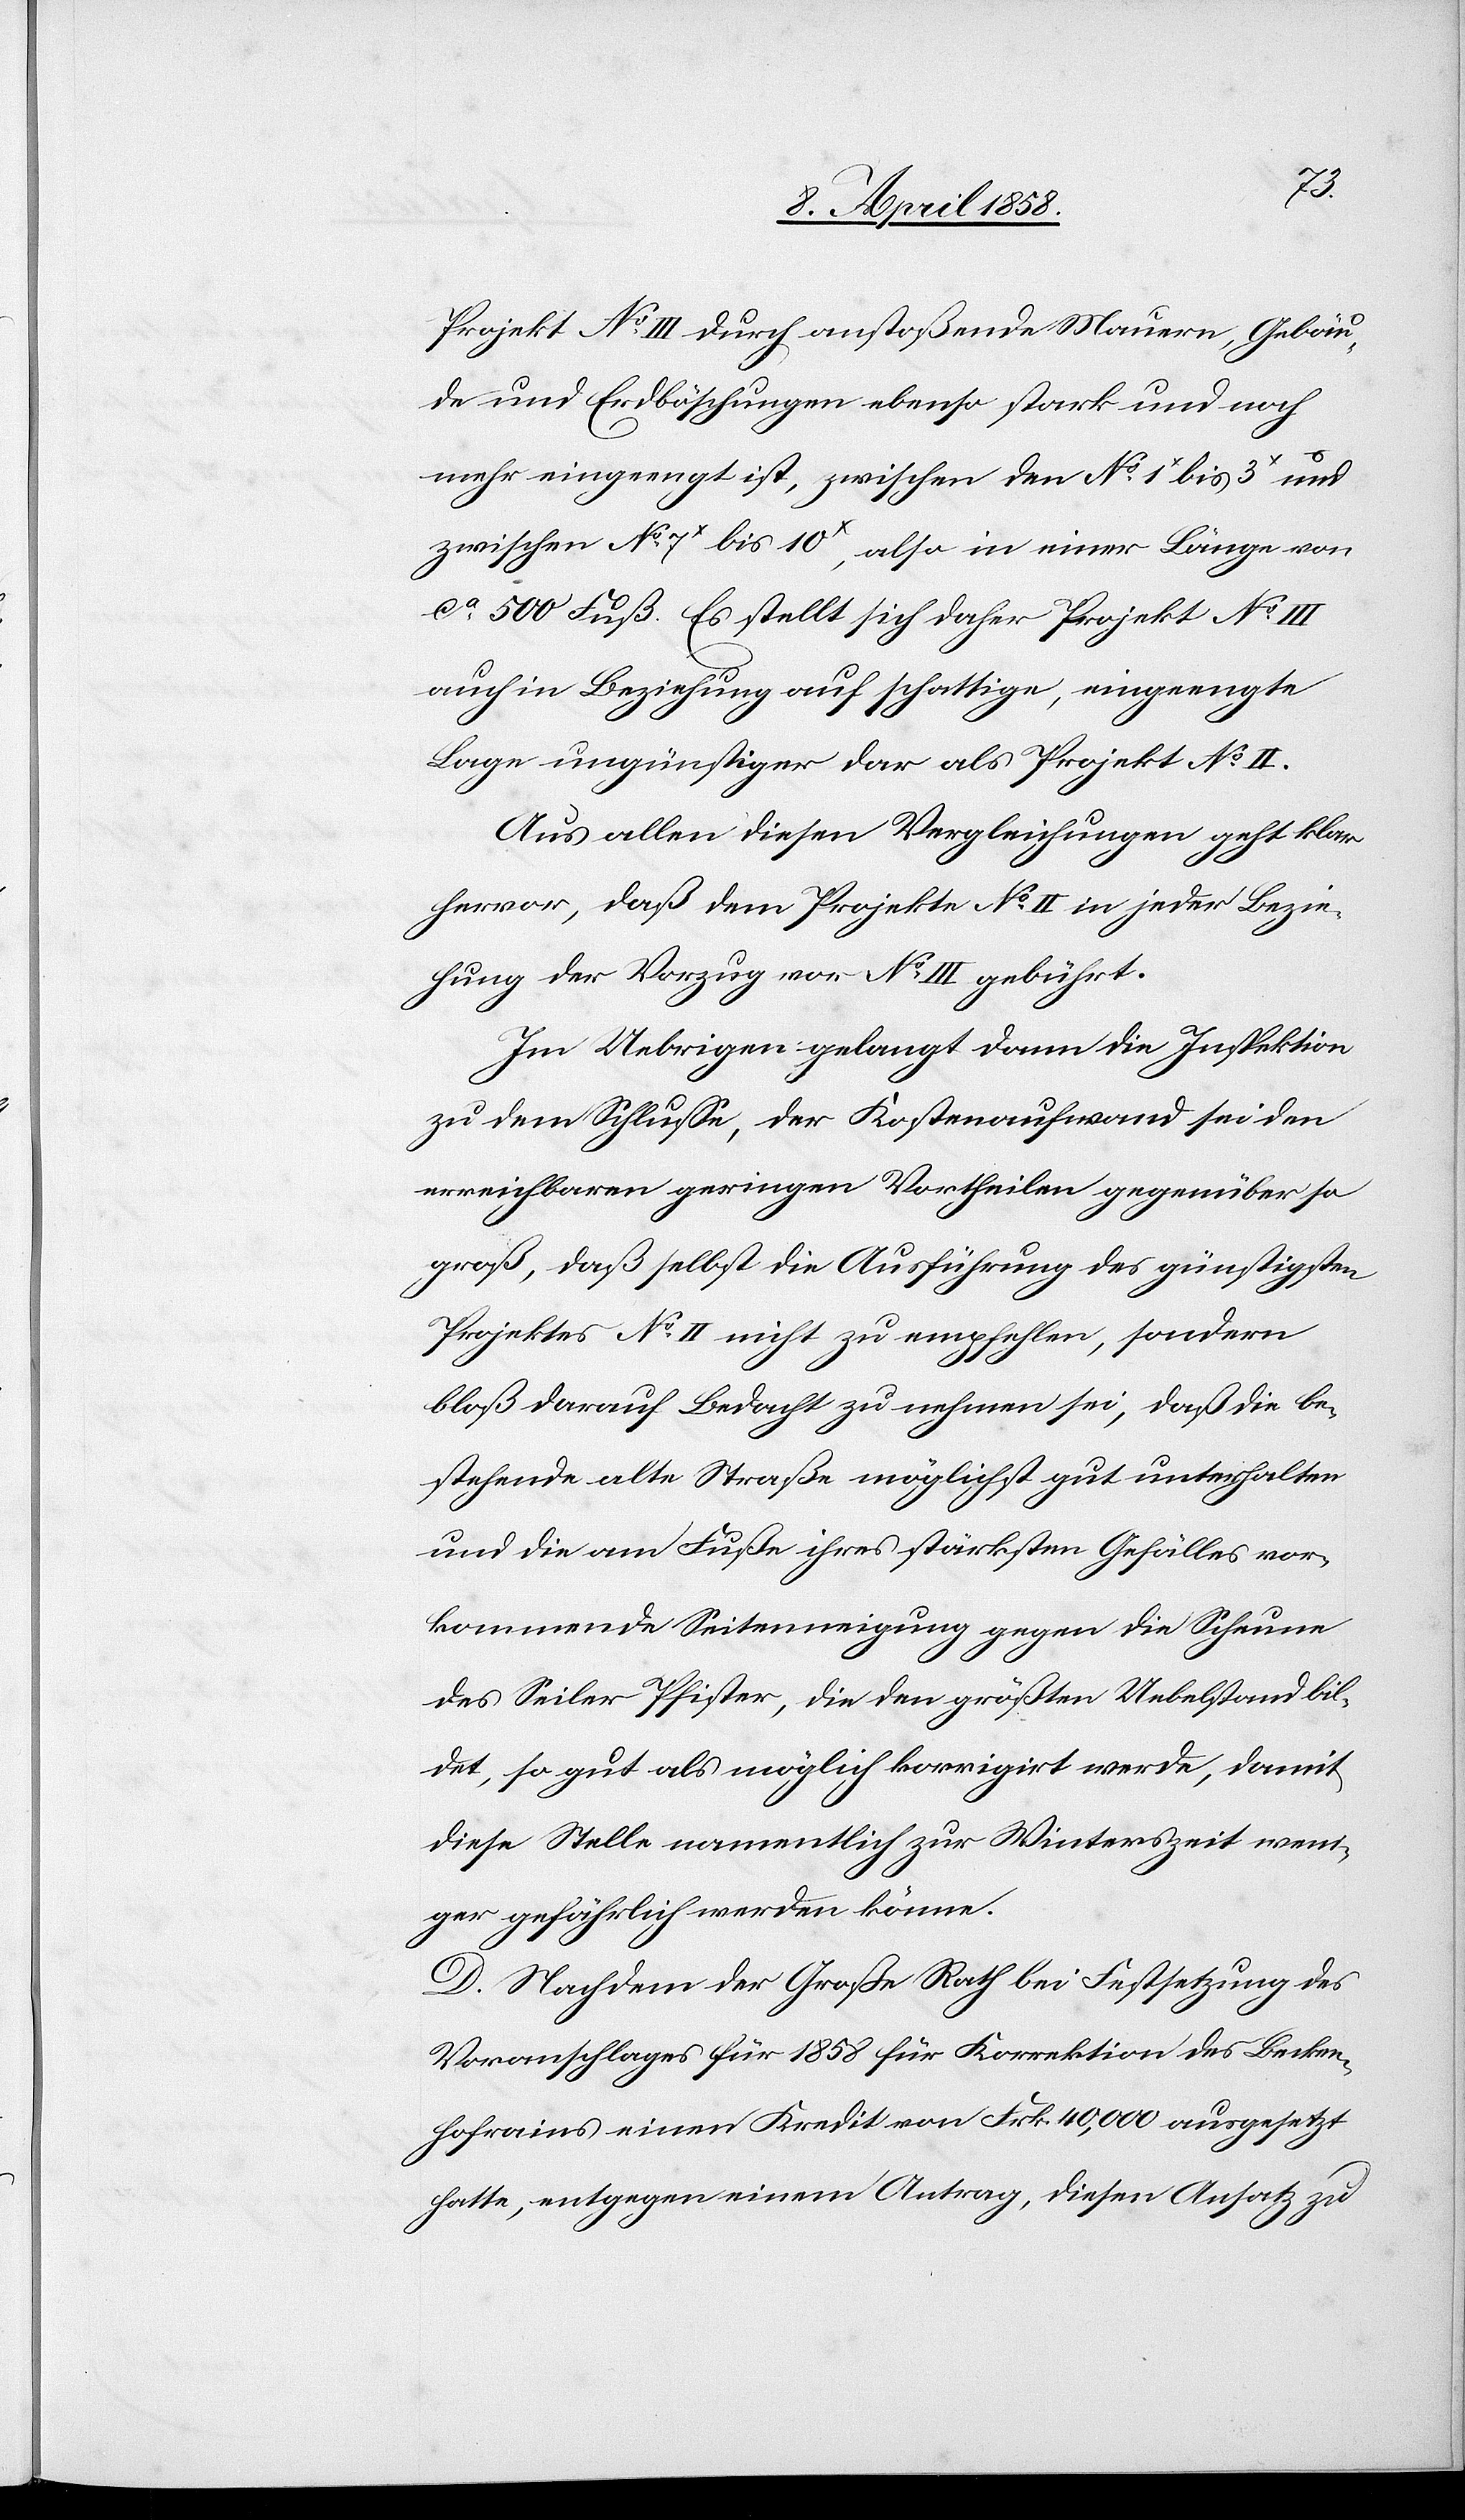
Projekt No III durch anstoßende Mauern, Gebäu¬
de und Erdböschungen ebenso stark und noch
mehr eingeengt ist, zwischen den No 1x bis 3x und
zwischen No 7x bis 10x, also in einer Länge von
ca 500 Fuß. Es stellt sich daher Projekt No III
auch in Beziehung auf schattige, eingeengte
Lage ungünstiger dar als Projekt No II.
Aus allen diesen Vergleichungen geht klar
hervor, daß dem Projekte No II in jeder Bezie¬
hung der Vorzug vor No III gebührt.
Im Uebrigen gelangt dann die Inspektion
zu dem Schlusse, der Kostenaufwand sei den
erreichbaren geringen Vortheilen gegenüber so
groß, daß selbst die Ausführung des günstigsten
Projektes No II nicht zu empfehlen, sondern
bloß darauf Bedacht zu nehmen sei, daß die be¬
stehende alte Straße möglichst gut unterhalten
und die am Fuße ihres stärksten Gefälle vor¬
kommende Seitenneigung gegen die Scheune
des Seiler Pfister, die den größten Uebelstand bil¬
det, so gut als möglich korrigirt werde, damit
diese Stelle namentlich zur Winterszeit weni¬
ger gefährlich werden könne.
D. Nachdem der Große Rath bei Festsetzung des
Voranschlages für 1858 für Korrektion des Becken¬
hofrains einen Kredit von Frk. 40,000 ausgesetzt
hatte, entgegen einem Antrag, diesen Ansatz zu